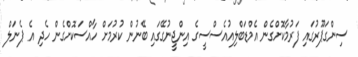
ސިންގަޕޫރުގައި ފަރުމާކޮށްގެން އެމްޑަބްލިއުއެސްސީގެ އިންޖީނުގޭގައި ބޭނުން ކުރުމަށް ހާއްސަކޮށްގެން ހެދި އެ ޕެނަލް